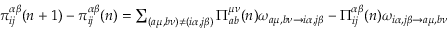
\begin{array} { r } { \pi _ { i j } ^ { \alpha \beta } ( n + 1 ) - \pi _ { i j } ^ { \alpha \beta } ( n ) = \sum _ { ( a \mu , b \nu ) \neq ( i \alpha , j \beta ) } \Pi _ { a b } ^ { \mu \nu } ( n ) \omega _ { a \mu , b \nu \rightarrow i \alpha , j \beta } - \Pi _ { i j } ^ { \alpha \beta } ( n ) \omega _ { i \alpha , j \beta \rightarrow a \mu , b \nu } } \end{array}